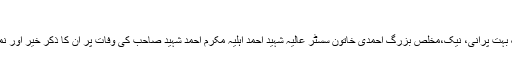
‘‘
امریکہ کی ایک بہت پرانی، نیک،مخلص بزرگ احمدی خاتون سسٹر عالیہ شہید احمد اہلیہ مکرم احمد شہید صاحب کی وفات پر ان کا ذکرِ خیر اور نمازِ جنازہ غائب۔